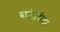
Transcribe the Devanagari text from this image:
बाउंडरीझ